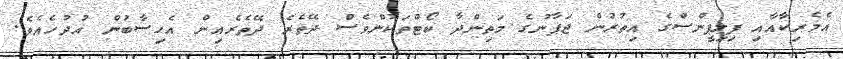
އެމެރިކާއާއި ފިލިޕީންސްގެ އިތުރުން ޖަޕާނުގެ މަތިންދާ ބޯޓްތަކުންވެސް ދޭތެރެ ދޭތެރެއިން އެހިސާބުން އުދުހެއެވެ.